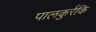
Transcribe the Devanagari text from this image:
पालकुर्रकि